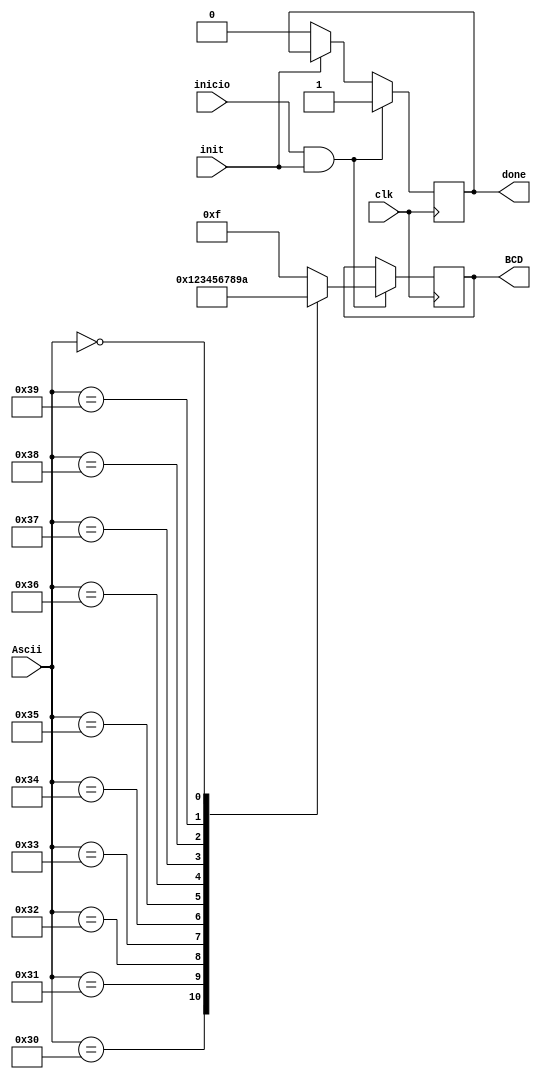
module Ascii2BCD(clk,Ascii,init,inicio,done,BCD);

input clk;
input [7:0] Ascii;
input inicio;
input init;
output reg done=0;
output reg [3:0] BCD;

always @(posedge clk)begin
	if(!init)begin
		done=0;
	end
	
	if(inicio && init)begin
		case(Ascii)
		8'd48:begin BCD=4'd0; done=1; end
		8'd49:begin BCD=4'd1; done=1; end
		8'd50:begin BCD=4'd2; done=1; end
		8'd51:begin BCD=4'd3; done=1; end
		8'd52:begin BCD=4'd4; done=1; end
		8'd53:begin BCD=4'd5; done=1; end
		8'd54:begin BCD=4'd6; done=1; end
		8'd55:begin BCD=4'd7; done=1; end
		8'd56:begin BCD=4'd8; done=1; end
		8'd57:begin BCD=4'd9; done=1; end
		8'd0:begin BCD=4'd10; done=1; end
		default:begin BCD=4'b1111;done=1;end
		
		endcase
	end
	
end 

endmodule